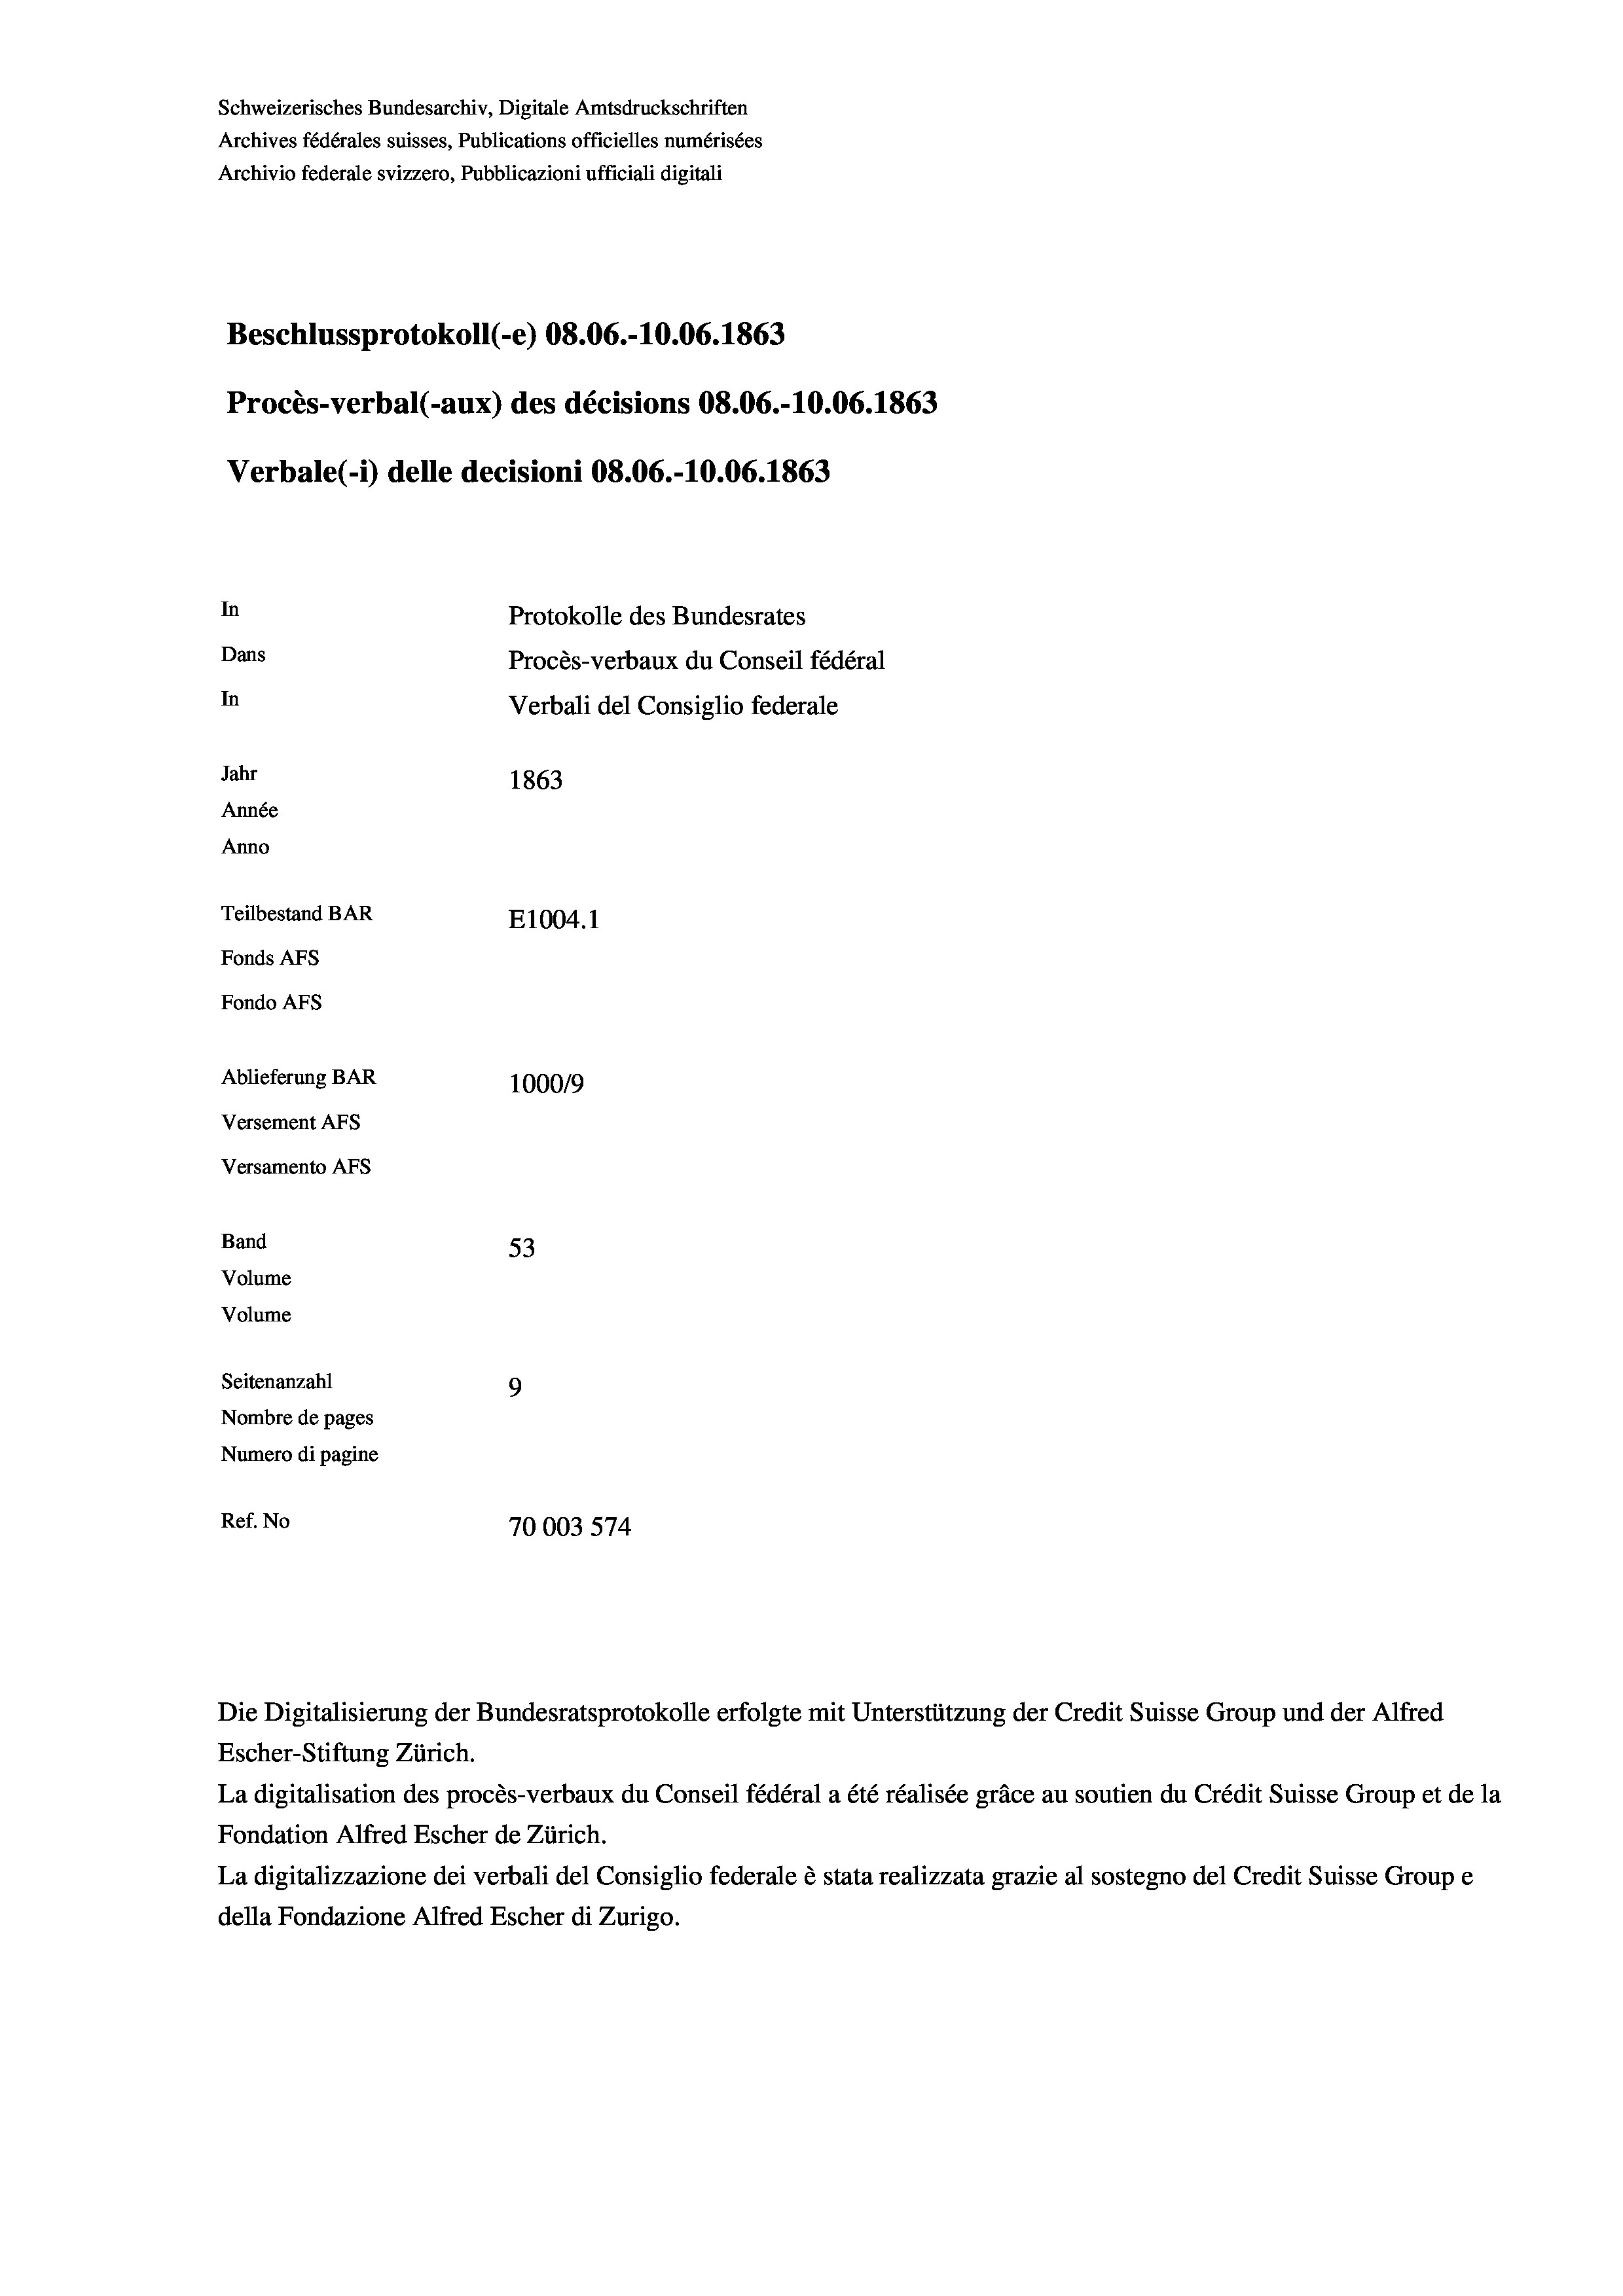
Schweizerisches Bundesarchiv, Digitale Amtsdruckschriften
Archives fédérales suisses, Publications officielles numérisées
Archivio federale svizzero, Pubblicazioni ufficiali digitali
Beschlussprotokoll (-e) 08.06.-10.06. 1863
Procès-verbal (-aux) des décisions 08.06.-10.06. 1863
Verbale (i) delle decisioni 08.06.-10.06. 1863
In
Protokolle des Bundesrates
Dans
Procès-verbaux du Conseil fédéral
In
Verbali del Consiglio federale
Jahr
1863
Année
Anno
Teilbestand BAR
E1004. 1
Fonds AFs
Fondo AFS
Ablieferung BAR
100019
Versement As
Versamento Afs
Band
53
Volume
Volume
Seitenanzahl
9

Nombre de pages
Numero di pagine
Ref. No
70003 574

Escher-Stiftung Zürich.
La digitalisation des procès-verbaux du Conseil fédéral a été réalisée gräce au soutien du Crédit Suisse Group et de la
Fondation Alfred Escher de Zürich.
La digitalizzazione dei verbali del Consiglio federale è stata realizzata grazie al sostegno del Credit Suisse Groupe
della Fondazione Alfred Escher di Zurigo.

Die Digitalisierung der Bundesratsprotokolle erfolgte mit Unterstützung der Credit Suisse Group und der Alfred